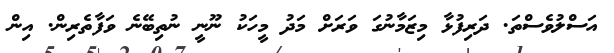
އަސްލުވެސްތަ. ދަރިފުޅާ މިޒަމާނުގަ ވަރަށް މަދު މީހަކު ނޫނީ ނުތިބޭނެ ވަފާތެރިން. އިން